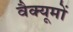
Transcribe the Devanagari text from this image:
वैक्यूमों